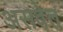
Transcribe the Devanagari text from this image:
असवेत